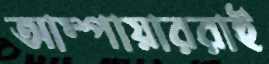
আম্পায়াররাই